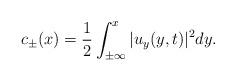
LaTeX: \begin{align*}c_\pm(x)=\frac{1}{2}\int_{\pm\infty}^x|u_y(y,t)|^2dy. \end{align*}